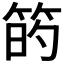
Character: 𥮀